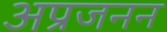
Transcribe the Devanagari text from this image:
अप्रजनन